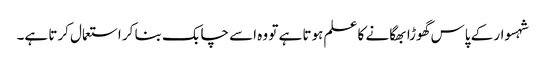
شہسوار کے پاس گھوڑا بھگانے کا علم ہوتا ہے تو وہ اسے چابک بنا کر استعمال کرتا ہے۔